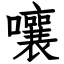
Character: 嚷